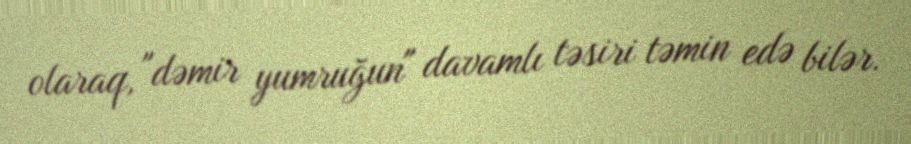
olaraq, "dəmir yumruğun" davamlı təsiri təmin edə bilər.